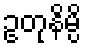
ဥတုနိမ္ပိ